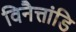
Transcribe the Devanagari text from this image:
विनैत्तांडि